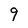
Character: 9